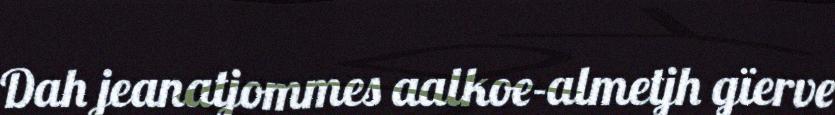
Dah jeanatjommes aalkoe-almetjh gïerve